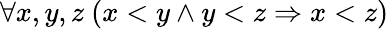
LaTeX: \forall x,y,z\ (x<y\land y<z\Rightarrow x<z)